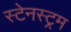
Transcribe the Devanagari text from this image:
स्टेनस्ट्रम